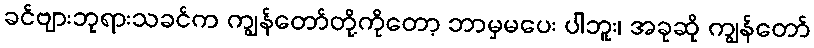
ခင်ဗျားဘုရားသခင်က ကျွန်တော်တို့ကိုတော့ ဘာမှမပေး ပါဘူး၊ အခုဆို ကျွန်တော်